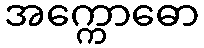
အက္ကောဓော